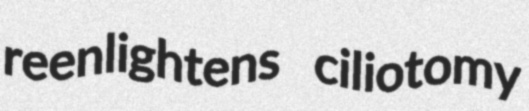
reenlightens ciliotomy